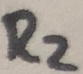
Text: R2